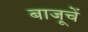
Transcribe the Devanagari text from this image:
बाजूचें